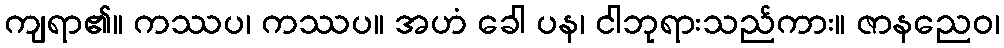
ကျရာ၏။ ကဿပ၊ ကဿပ။ အဟံ ခေါ ပန၊ ငါဘုရားသည်ကား။ ဇာနညေဝ၊